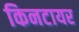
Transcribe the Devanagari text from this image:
किनटायर